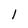
Character: 1